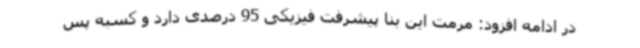
در ادامه افزود: مرمت این بنا پیشرفت فیزیکی 95 درصدی دارد و کسبه پس